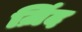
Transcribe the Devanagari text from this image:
ज़िंद